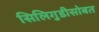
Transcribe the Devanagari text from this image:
सिलिगुडीसोबत